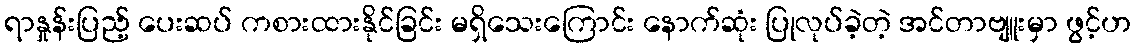
ရာနှုန်းပြည့် ပေးဆပ် ကစားထားနိုင်ခြင်း မရှိသေးကြောင်း နောက်ဆုံး ပြုလုပ်ခဲ့တဲ့ အင်တာဗျူးမှာ ဖွင့်ဟ